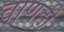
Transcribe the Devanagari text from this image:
वाणही